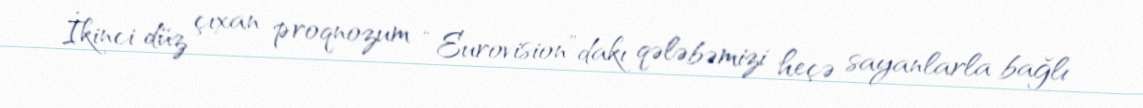
İkinci düz çıxan proqnozum “Eurovision”dakı qələbəmizi heçə sayanlarla bağlı